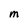
Character: M